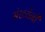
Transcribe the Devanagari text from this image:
संख्येंनी